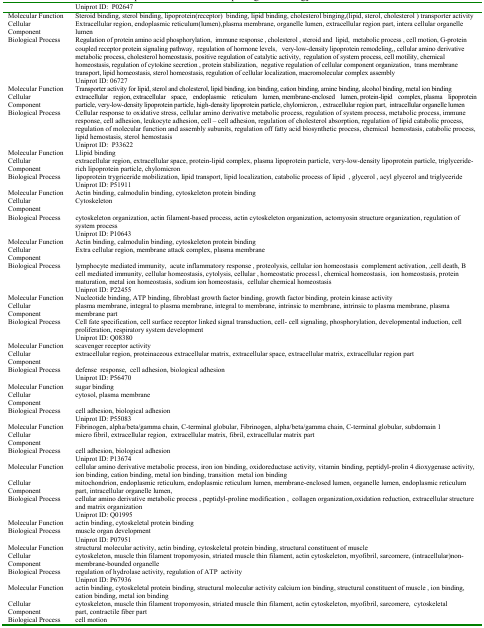
<table><thead><tr><td></td><td><b>Uniprot ID: P02647</b></td></tr></thead><tbody><tr><td>Molecular Function</td><td>Steroid binding, sterol binding, lipoprotein(receptor) binding, lipid binding, cholesterol binging,(lipid, sterol, cholesterol ) transporter activity</td></tr><tr><td>Cellular Component</td><td>Extracellular region, endoplasmic reticulum(lumen),plasma membrane, organelle lumen, extracellular region part, intera cellular organelle lumen</td></tr><tr><td>Biological Process</td><td>Regulation of protein amino acid phosphorylation,immune response , cholesterol , steroid and lipid, metabolic process , cell motion, G-protein coupled receptor protein signaling pathway,regulation of hormone levels,very-low-density lipoprotein remodeling,, cellular amino derivative metabolic process, cholesterol homeostasis, positive regulation of catalytic activity,regulation of system process, cell motility, chemical homeostasis, regulation of cytokine secretion , protein stabilization,negative regulation of cellular component organization,trans membrane transport, lipid homeostasis, sterol homeostasis, regulation of cellular localization, macromolecular complex assembly</td></tr><tr><td></td><td>Uniprot ID: 06727</td></tr><tr><td>Molecular Function</td><td>Transporter activity for lipid, sterol and cholesterol, lipid binding, ion binding, cation binding, amine binding, alcohol binding, metal ion binding</td></tr><tr><td>Cellular Component</td><td>extracellular region, extracellular space, endoplasmic reticulum lumen, membrane-enclosed lumen, protein-lipid complex, plasma lipoprotein particle, very-low-density lipoprotein particle, high-density lipoprotein particle, chylomicron, , extracellular region part,intracellular organelle lumen</td></tr><tr><td>Biological Process</td><td>Cellular response to oxidative stress, cellular amino derivative metabolic process, regulation of system process, metabolic process, immune response, cell adhesion, leukocyte adhesion, cell – cell adhesion, regulation of cholesterol absorption, regulation of lipid catabolic process, regulation of molecular function and assembly subunits, regulation off fatty acid biosynthetic process, chemical hemostasis, catabolic process, lipid hemostasis, sterol hemostasis</td></tr><tr><td></td><td>Uniprot ID: P33622</td></tr><tr><td>Molecular Function</td><td>Llipid binding</td></tr><tr><td>Cellular Component</td><td>extracellular region, extracellular space, protein-lipid complex, plasma lipoprotein particle, very-low-density lipoprotein particle, triglyceride-rich lipoprotein particle, chylomicron</td></tr><tr><td>Biological Process</td><td>lipoprotein trygriceride mobilization, lipid transport, lipid localization, catabolic process of lipid , glycerol , acyl glycerol and triglyceride</td></tr><tr><td></td><td>Uniprot ID: P51911</td></tr><tr><td>Molecular Function</td><td>Actin binding, calmodulin binding, cytoskeleton protein binding</td></tr><tr><td>Cellular Component</td><td>Cytoskeleton</td></tr><tr><td>Biological Process</td><td>cytoskeleton organization, actin filament-based process, actin cytoskeleton organization, actomyosin structure organization, regulation of system process</td></tr><tr><td></td><td>Uniprot ID: P10643</td></tr><tr><td>Molecular Function</td><td>Actin binding, calmodulin binding, cytoskeleton protein binding</td></tr><tr><td>Cellular Component</td><td>Extra cellular region, membrane attack complex, plasma membrane</td></tr><tr><td>Biological Process</td><td>lymphocyte mediated immunity,acute inflammatory response , proteolysis, cellular ion homeostasiscomplement activation, ,cell death, B cell mediated immunity, cellular homeostasis, cytolysis, cellular , homeostatic process1, chemical homeostasis,ion homeostasis, protein maturation, metal ion homeostasis, sodium ion homeostasis,cellular chemical homeostasis</td></tr><tr><td></td><td>Uniprot ID: P22455</td></tr><tr><td>Molecular Function</td><td>Nucleotide binding, ATP binding, fibroblast growth factor binding, growth factor binding, protein kinase activity</td></tr><tr><td>Cellular Component</td><td>plasma membrane, integral to plasma membrane, integral to membrane, intrinsic to membrane, intrinsic to plasma membrane, plasma membrane part</td></tr><tr><td>Biological Process</td><td>Cell fate specification, cell surface receptor linked signal transduction, cell- cell signaling, phosphorylation, developmental induction, cell proliferation, respiratory system development</td></tr><tr><td></td><td>Uniprot ID: Q08380</td></tr><tr><td>Molecular Function</td><td>scavenger receptor activity</td></tr><tr><td>Cellular Component</td><td>extracellular region, proteinaceous extracellular matrix, extracellular space, extracellular matrix, extracellular region part</td></tr><tr><td>Biological Process</td><td>defense response, cell adhesion, biological adhesion</td></tr><tr><td></td><td>Uniprot ID: P56470</td></tr><tr><td>Molecular Function</td><td>sugar binding</td></tr><tr><td>Cellular Component</td><td>cytosol, plasma membrane</td></tr><tr><td>Biological Process</td><td>cell adhesion, biological adhesion</td></tr><tr><td></td><td>Uniprot ID: P55083</td></tr><tr><td>Molecular Function</td><td>Fibrinogen, alpha/beta/gamma chain, C-terminal globular, Fibrinogen, alpha/beta/gamma chain, C-terminal globular, subdomain 1</td></tr><tr><td>Cellular Component</td><td>micro fibril, extracellular region,extracellular matrix, fibril, extracellular matrix part</td></tr><tr><td>Biological Process</td><td>cell adhesion, biological adhesion</td></tr><tr><td></td><td>Uniprot ID: P13674</td></tr><tr><td>Molecular Function</td><td>cellular amino derivative metabolic process, iron ion binding, oxidoreductase activity, vitamin binding, peptidyl-prolin 4 dioxygenase activity, ion binding, cation binding, metal ion binding, transition metal ion binding</td></tr><tr><td>Cellular Component</td><td>mitochondrion, endoplasmic reticulum, endoplasmic reticulum lumen, membrane-enclosed lumen, organelle lumen, endoplasmic reticulum part, intracellular organelle lumen,</td></tr><tr><td>Biological Process</td><td>cellular amino derivative metabolic process , peptidyl-proline modification , collagen organization,oxidation reduction, extracellular structure and matrix organization</td></tr><tr><td></td><td>Uniprot ID: Q01995</td></tr><tr><td>Molecular Function</td><td>actin binding, cytoskeletal protein binding</td></tr><tr><td>Biological Process</td><td>muscle organ development</td></tr><tr><td></td><td>Uniprot ID: P07951</td></tr><tr><td>Molecular Function</td><td>structural molecular activity, actin binding, cytoskeletal protein binding, structural constituent of muscle</td></tr><tr><td>Cellular Component</td><td>cytoskeleton, muscle thin filament tropomyosin, striated muscle thin filament, actin cytoskeleton, myofibril, sarcomere, (intracellular)non-membrane-bounded organelle</td></tr><tr><td>Biological Process</td><td>regulation of hydrolase activity, regulation of ATP activity</td></tr><tr><td></td><td>Uniprot ID: P67936</td></tr><tr><td>Molecular Function</td><td>actin binding, cytoskeletal protein binding, structural molecular activity calcium ion binding, structural constituent of muscle , ion binding, cation binding, metal ion binding</td></tr><tr><td>Cellular Component</td><td>cytoskeleton, muscle thin filament tropomyosin, striated muscle thin filament, actin cytoskeleton, myofibril, sarcomere,cytoskeletal part, contractile fiber part</td></tr><tr><td>Biological Process</td><td>cell motion</td></tr></tbody></table>